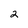
Character: 2